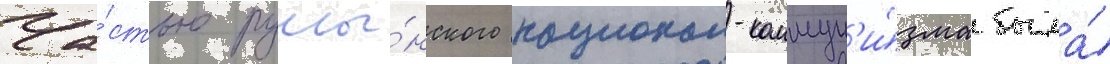
Ча́стью румы́нского национал-коммун'и́зма была́